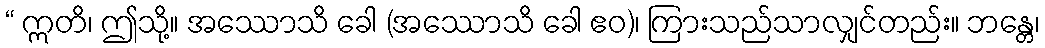
“ ဣတိ၊ ဤသို့။ အဿောသိ ခေါ (အဿောသိ ခေါ ဧဝ)၊ ကြားသည်သာလျှင်တည်း။ ဘန္တေ၊